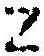
Z